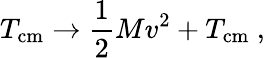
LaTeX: T_{\mathrm{cm}}\to\frac{1}{2}Mv^{2}+T_{\mathrm{cm}}\ ,